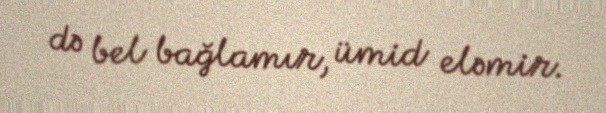
də bel bağlamır, ümid eləmir.